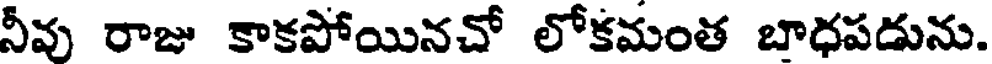
నీవు రాజు కాకపోయినచో లోకమంత బాధపడును.